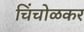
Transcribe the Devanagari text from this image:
चिंचोळकर